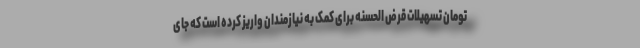
تومان تسهیلات قرض الحسنه برای کمک به نیازمندان واریز کرده است که جای